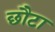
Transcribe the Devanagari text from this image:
छौटा